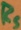
Text: RS